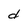
Character: d